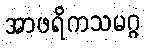
အာဖရိကသမဂ္ဂ